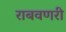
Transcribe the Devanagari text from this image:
राबवणरी